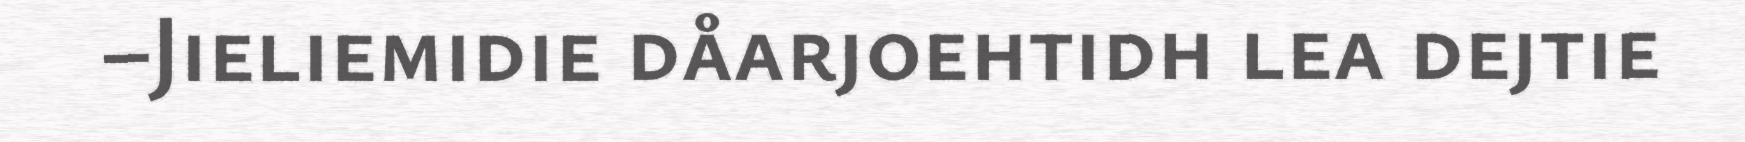
–Jieliemidie dåarjoehtidh lea dejtie